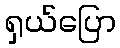
ရှယ်ပြော